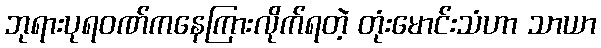
ဘုရားပုရဝဏ်ကနေကြားလိုက်ရတဲ့ တုံးမောင်းသံဟာ သာယာ